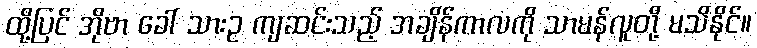
ထို့ပြင် အိုဗာ ခေါ် သားဥ ကျဆင်းသည့် အချိန်ကာလကို သာမန်လူတို့ မသိနိုင်။